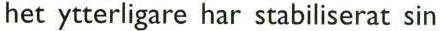
het ytterligare har stabiliserat sin